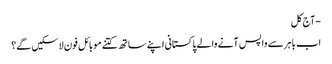
- آج کل
اب باہر سے واپس آنے والے پاکستانی اپنے ساتھ کتنے موبائل فون لاسکیں گے؟